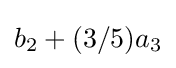
b_{2}+(3/5)a_{3}